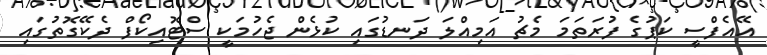
އޭއެފްސީ ކަޕުގެ ފުރަތަމަ މެޗު އަމިއްލަ ދަނޑުގައި ކުޅެން ޖެހުމަކީ ސްޓޮއިކޯފް ދެކޭގޮތުގައި